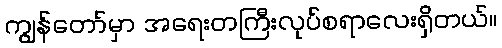
ကျွန်တော်မှာ အရေးတကြီးလုပ်စရာလေးရှိတယ်။